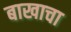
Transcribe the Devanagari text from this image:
बाखाचा